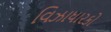
વિઝાધારકો